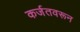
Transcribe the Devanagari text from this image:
कर्जतवरून